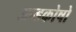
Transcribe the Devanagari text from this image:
अन्डकोषो